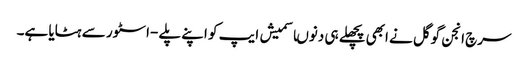
سرچ انجن گوگل نے ابھی پچھلے ہی دنوںاسمیش ایپ کو اپنے پلے -اسٹور سے ہٹایا ہے۔